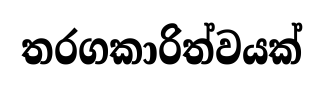
තරගකාරිත්වයක්